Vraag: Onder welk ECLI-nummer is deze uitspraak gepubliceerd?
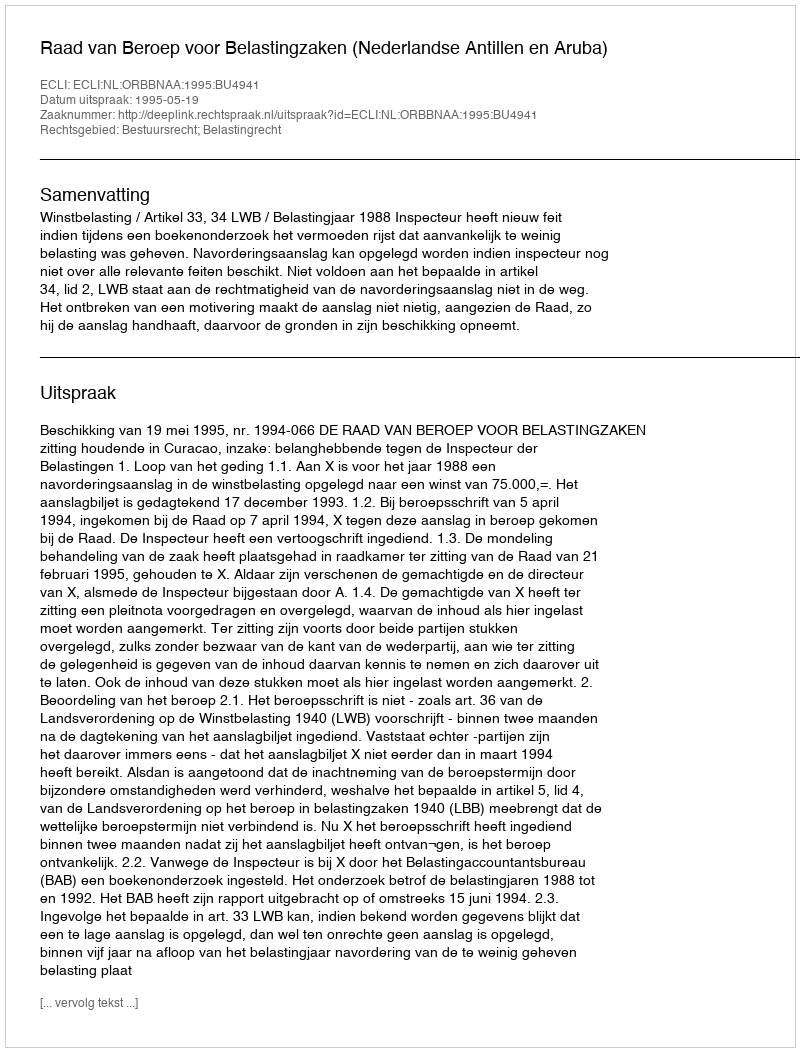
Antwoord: ECLI:NL:ORBBNAA:1995:BU4941